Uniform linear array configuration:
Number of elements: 16
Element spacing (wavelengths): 0.75
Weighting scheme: uniform
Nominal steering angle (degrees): -60
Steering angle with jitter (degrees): -58.251
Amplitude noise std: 0.05
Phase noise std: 0.05

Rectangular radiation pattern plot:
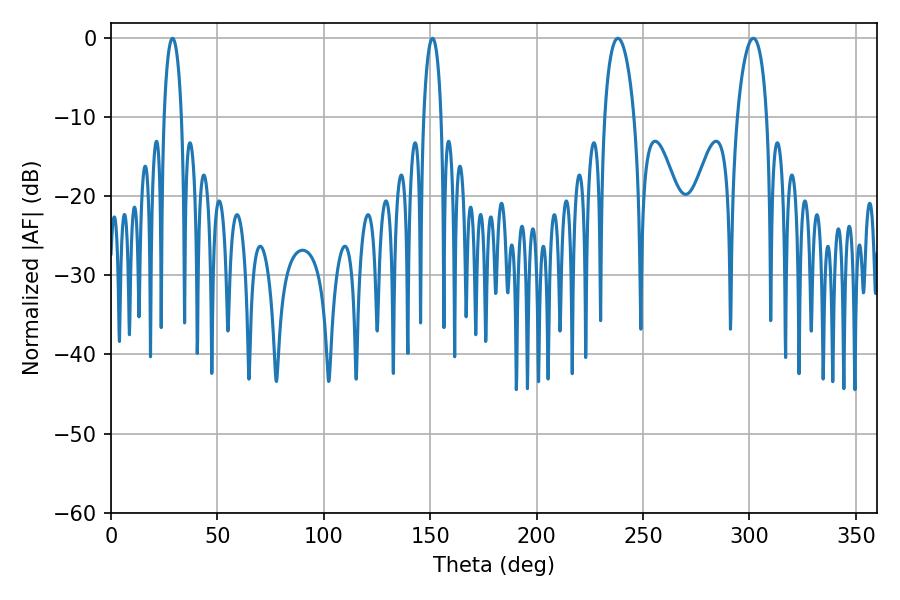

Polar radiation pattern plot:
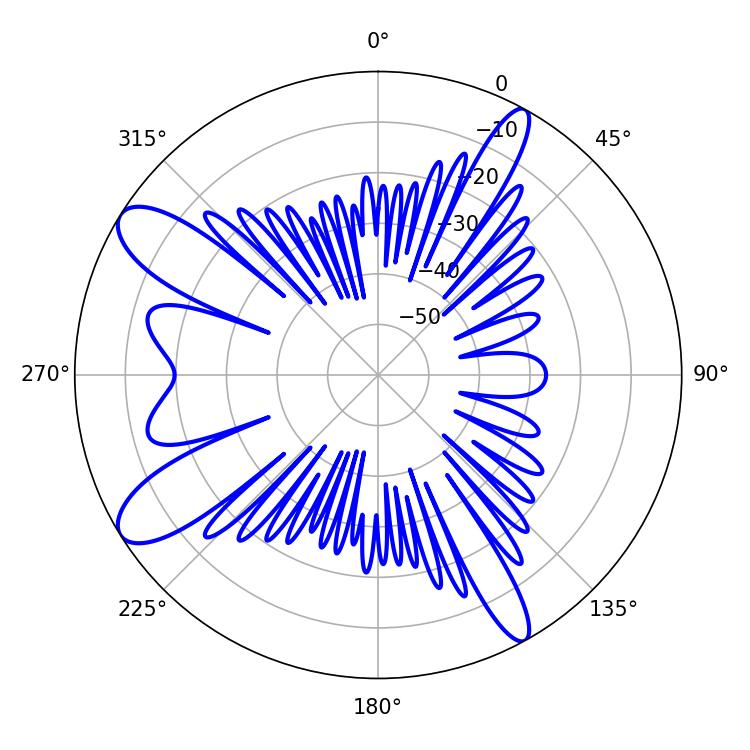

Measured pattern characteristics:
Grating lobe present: TRUE
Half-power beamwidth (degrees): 7.92
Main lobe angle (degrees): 238.14